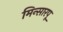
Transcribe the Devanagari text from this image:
मिन्सारपू